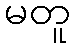
မတူ